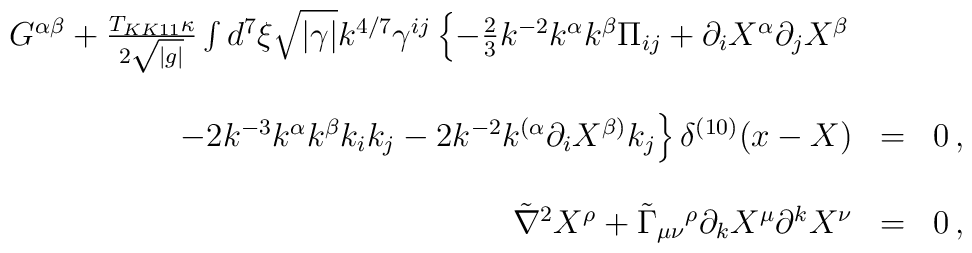
\begin{array}{rcl}G^{\alpha\beta} +{T_{KK11}\kappa \over 2\sqrt{|g|}} \int d^{7}\xi \sqrt{|\gamma|} k^{4/7}\gamma^{ij} \left\{ -\frac{2}{3}k^{-2}k^{\alpha}k^{\beta} \Pi_{ij} +\partial_{i}X^{\alpha}\partial_{j}X^{\beta}\right. & &  \\& & \\\left.-2k^{-3}k^{\alpha}k^{\beta}k_{i}k_{j} -2k^{-2} k^{(\alpha}\partial_{i}X^{\beta)}k_{j}\right\}\delta^{(10)}(x-X) & = & 0\, , \\& & \\\tilde{\nabla}^{2}X^{\rho} +\tilde{\Gamma}_{\mu\nu}{}^{\rho}\partial_{k}X^{\mu}\partial^{k}X^{\nu} & = & 0\, ,\\\end{array}